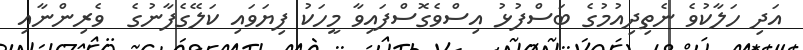
އަދި ހަލާކުވެ ނެތިދިއުމުގެ ބަސްފުޅު އިސްވެގޮސްފައިވާ މީހަކު ފިޔަވައި ކަލޭގެފާނުގެ  ވެރިންނާއި